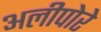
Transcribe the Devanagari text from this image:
अलीपोरे